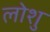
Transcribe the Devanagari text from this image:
लोशु